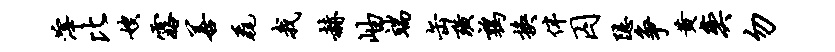
滓比嫂露善毳我赫岫端缶璜鹑换伴囚隐争黄奕勿